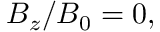
B _ { z } / B _ { 0 } = 0 ,